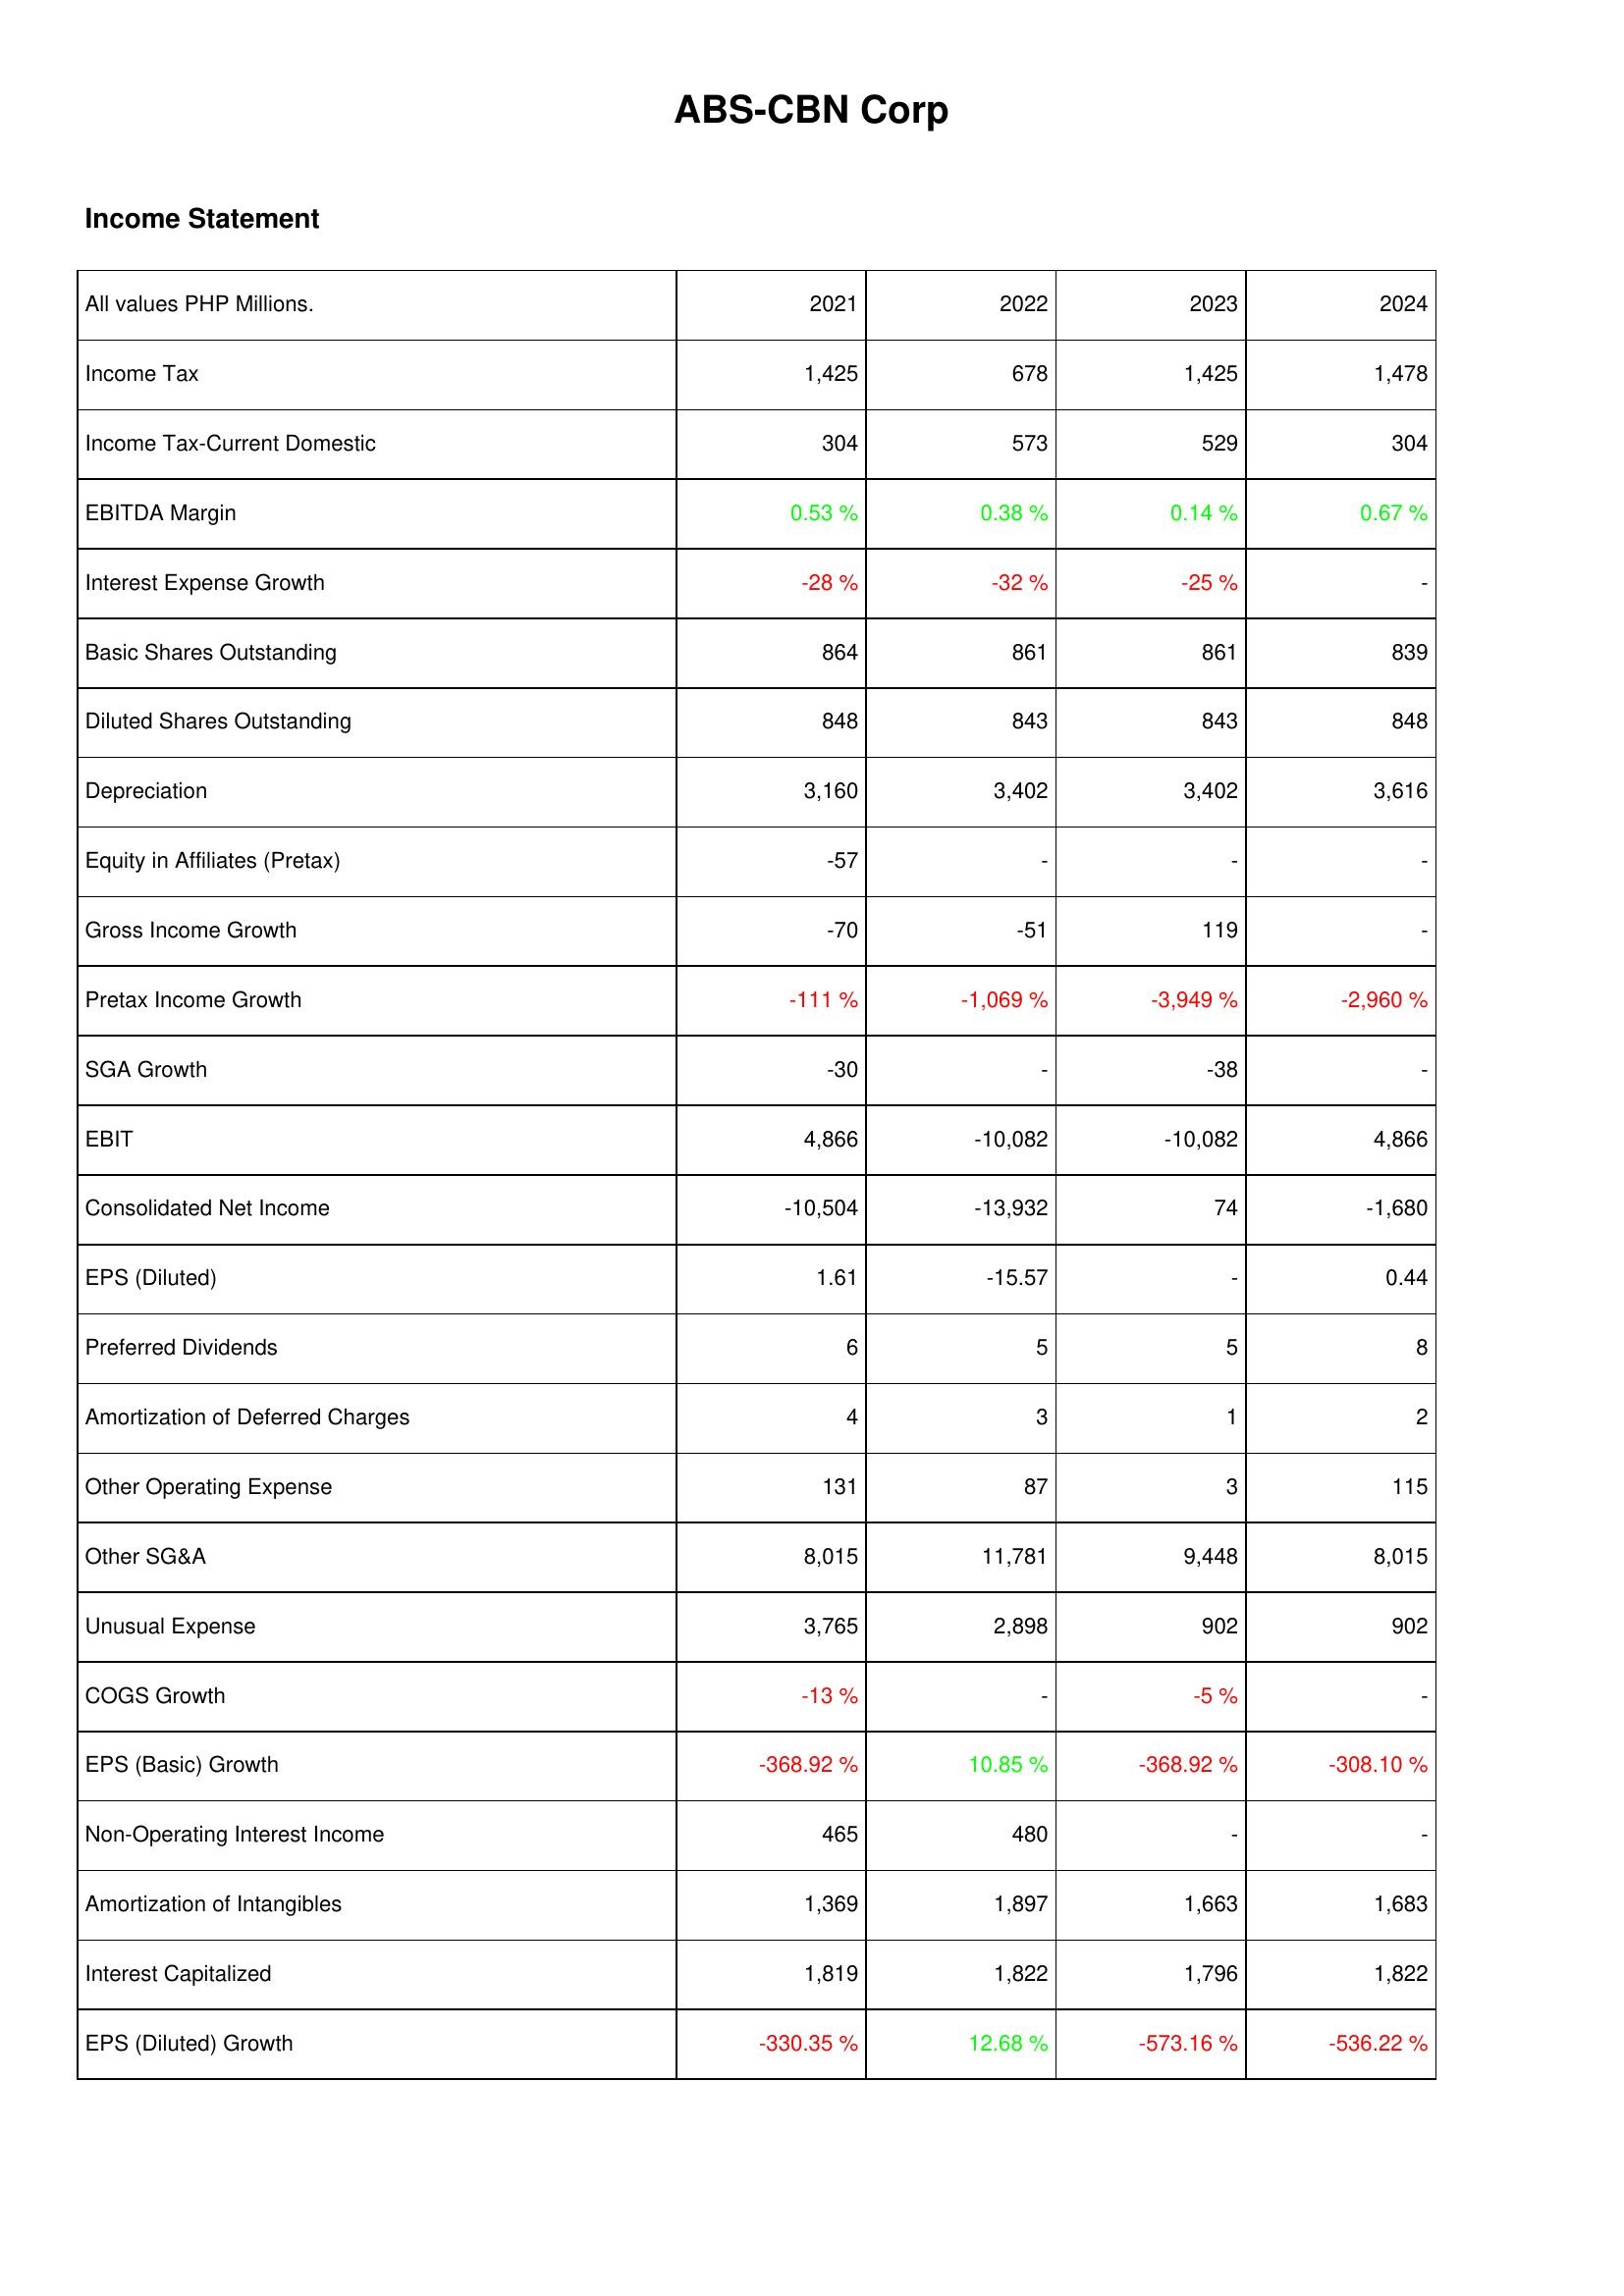
2021: Income Statement: Income Tax: 1,425
Income Tax-Current Domestic: 304
EBITDA Margin: 0.53 %
Interest Expense Growth: -28 %
Basic Shares Outstanding: 864
Diluted Shares Outstanding: 848
Depreciation: 3,160
Equity in Affiliates (Pretax): -57
Gross Income Growth: -70
Pretax Income Growth: -111 %
SGA Growth: -30
EBIT: 4,866
Consolidated Net Income: -10,504
EPS (Diluted): 1.61
Preferred Dividends: 6
Amortization of Deferred Charges: 4
Other Operating Expense: 131
Other SG&A: 8,015
Unusual Expense: 3,765
COGS Growth: -13 %
EPS (Basic) Growth: -368.92 %
Non-Operating Interest Income: 465
Amortization of Intangibles: 1,369
Interest Capitalized: 1,819
EPS (Diluted) Growth: -330.35 %
2022: Income Statement: Income Tax: 678
Income Tax-Current Domestic: 573
EBITDA Margin: 0.38 %
Interest Expense Growth: -32 %
Basic Shares Outstanding: 861
Diluted Shares Outstanding: 843
Depreciation: 3,402
Equity in Affiliates (Pretax): -
Gross Income Growth: -51
Pretax Income Growth: -1,069 %
SGA Growth: -
EBIT: -10,082
Consolidated Net Income: -13,932
EPS (Diluted): -15.57
Preferred Dividends: 5
Amortization of Deferred Charges: 3
Other Operating Expense: 87
Other SG&A: 11,781
Unusual Expense: 2,898
COGS Growth: -
EPS (Basic) Growth: 10.85 %
Non-Operating Interest Income: 480
Amortization of Intangibles: 1,897
Interest Capitalized: 1,822
EPS (Diluted) Growth: 12.68 %
2023: Income Statement: Income Tax: 1,425
Income Tax-Current Domestic: 529
EBITDA Margin: 0.14 %
Interest Expense Growth: -25 %
Basic Shares Outstanding: 861
Diluted Shares Outstanding: 843
Depreciation: 3,402
Equity in Affiliates (Pretax): -
Gross Income Growth: 119
Pretax Income Growth: -3,949 %
SGA Growth: -38
EBIT: -10,082
Consolidated Net Income: 74
EPS (Diluted): -
Preferred Dividends: 5
Amortization of Deferred Charges: 1
Other Operating Expense: 3
Other SG&A: 9,448
Unusual Expense: 902
COGS Growth: -5 %
EPS (Basic) Growth: -368.92 %
Non-Operating Interest Income: -
Amortization of Intangibles: 1,663
Interest Capitalized: 1,796
EPS (Diluted) Growth: -573.16 %
2024: Income Statement: Income Tax: 1,478
Income Tax-Current Domestic: 304
EBITDA Margin: 0.67 %
Interest Expense Growth: -
Basic Shares Outstanding: 839
Diluted Shares Outstanding: 848
Depreciation: 3,616
Equity in Affiliates (Pretax): -
Gross Income Growth: -
Pretax Income Growth: -2,960 %
SGA Growth: -
EBIT: 4,866
Consolidated Net Income: -1,680
EPS (Diluted): 0.44
Preferred Dividends: 8
Amortization of Deferred Charges: 2
Other Operating Expense: 115
Other SG&A: 8,015
Unusual Expense: 902
COGS Growth: -
EPS (Basic) Growth: -308.10 %
Non-Operating Interest Income: -
Amortization of Intangibles: 1,683
Interest Capitalized: 1,822
EPS (Diluted) Growth: -536.22 %